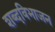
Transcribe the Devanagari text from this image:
शब्दविभाजन